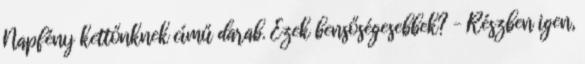
Napfény kettőnknek című darab. Ezek bensőségesebbek? – Részben igen,